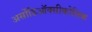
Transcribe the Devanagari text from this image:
अर्सोडिऑक्सीकोलिक